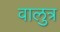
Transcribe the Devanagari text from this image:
वालुत्र